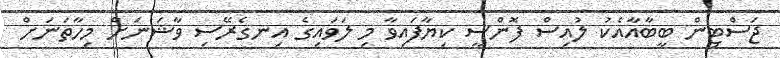
ޖަސްޓިން ބީބާއާއެކު ލުއިސް ފޮންސީ ކިޔާފައިވާ މި ލަވައިގެ އިނގެރޭސި ވާޝަނަށް މިހާތަނަށް